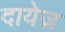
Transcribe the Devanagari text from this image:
दायेज़